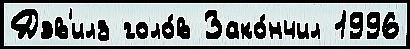
Дэв'илз голо́в Зако́нчил 1996